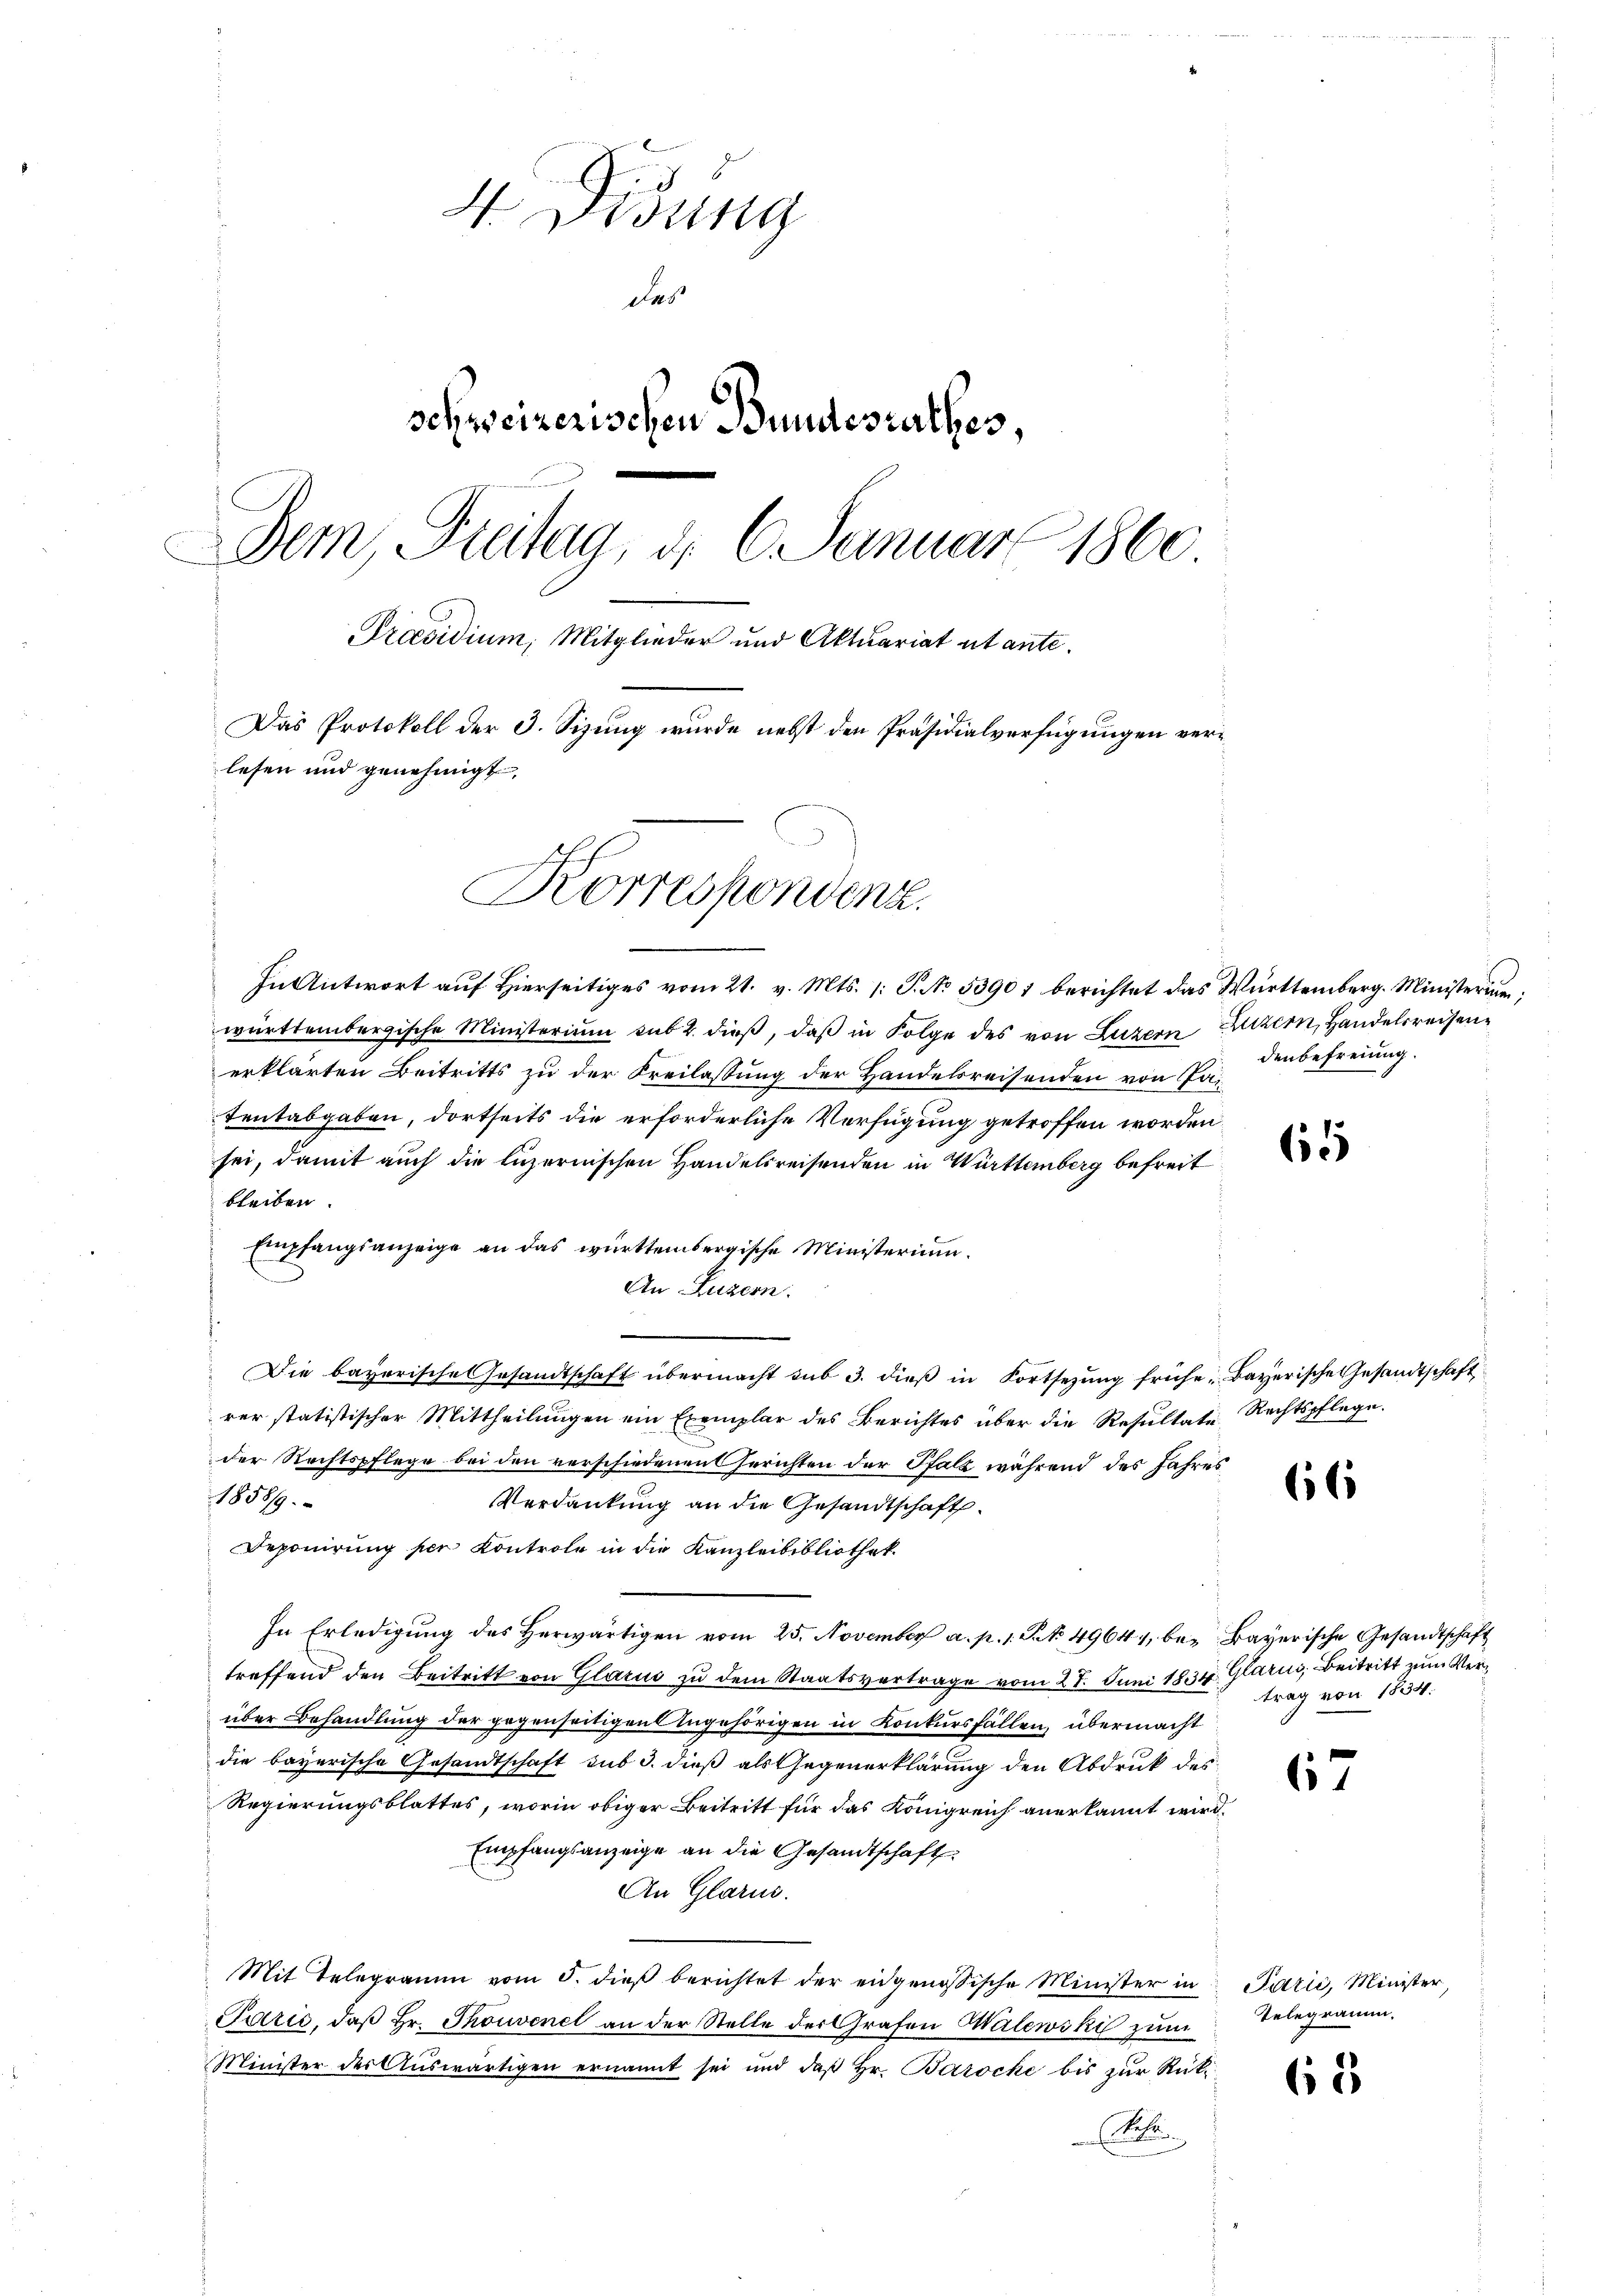
4 Didung
das
schweizerischen Bundesrathes,
Der, Freitag, d. 6. Januar 1860
Praesidium, Mitglieder und Aktuariat utante.
Das Protokoll der 3. Sizung wurde nebst den Präsidialverfügungen verlesen und genehmigt.
Korrespondenz.

In Antwort auf Hierseitiges vom 21. v. Mts. (: P. No 53901 berichtet das Württemberg. Ministerium
württembergische Ministerium sub 2. dieβ, daβ in Folge des von Luzern Luzern, Handelsreisenerklärten Beitritts zu der Freilassung der Handelsreisenden von Patentabgaben, dortseits die erforderliche Verfügung getroffen worden.
sei, damit auch die luzernischen Handelsreisenden in Württemberg befreit
bleiben.
Empfangsanzeige an das württembergische Ministerium.
An Luzern.
Die bayerische Gesandtschaft übermacht sub 3. dieβ in Fortsezung frühe, Bayerische Gesandtschaft
rer statistischer Mittheilungen ein Exemplar des Berichtes über die Resultate Rechtspflege.
der Rechtspflege bei den verschiedenen Gerichten der Pfalz während des Jahres
1858/9.
Verdankung an die Gesandtschaft
Deponirung per Kontrole in die Kanzleibibliothek.
In Erledigŭng des herwärtigen vom 25. November a. p. 1. P. 49644, bei Bayerische Gesandtschaft
treffend den Beitritt von Glarus zu dem Staatsvertrage vom 27. Juni 1834. Glarus, Beitritt zum Verüber Behandlung der gegenseitigen Angehörigen in Konkursfällen, übermacht
die bayerische Gesandtschaft sub 3. dieß als Gegenerklärung den Abdruk des
Regierungsblattes, worin obiger Beitritt für das Königreich anerkannt wird.
Empfangsanzeige an die Gesandtschaft
An Glarus.
Mit Telegramm vom 5. dieβ berichtet der eidgenössische Minister in Parić, Minister,
Párić, daβ hr. Thouvenel an der Stelle der Grafen Walewski zum Telegramm,
Minister der Auswärtigen ernannt sei und daß Hr. Barocke bis zŭr Rük
(

denbefreiung.

65

66

trag von 1834.

67

62